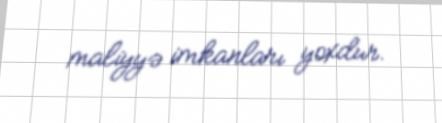
maliyyə imkanları yoxdur.